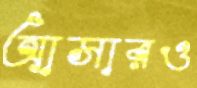
আসারও